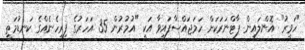
"ހަވީރު" އޮންލައިން ޕާޓްނަރަކަށް ހަމަޖައްސާފައިވާ އަކީ "އުމުރުން 35 އަހަރުގެ ފިރިހެނެއްގެ ކަނޑުމަތީ